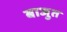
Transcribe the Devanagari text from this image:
बाजुत